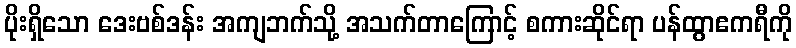
ပိုးရှိသော ဒေးဗစ်ဒန်း အကျဘက်သို့ အသက်တာကြောင့် စကားဆိုင်ရာ ပန်ထွာဧကရီကို